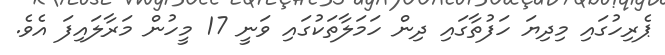
ޕެރިހުގައި މިދިޔަ ހަފުތާގައި ދިން ހަމަލާތަކުގައި ވަނީ 17 މީހުން މަރާލައިފަ އެވެ.